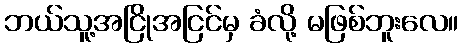
ဘယ်သူ့အငြိုအငြင်မှ ခံလို့ မဖြစ်ဘူးလေ။